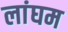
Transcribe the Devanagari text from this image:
लांघम